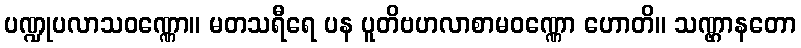
ပဏ္ဍုပလာသဝဏ္ဏော။ မတသရီရေ ပန ပူတိဗဟလာစာမဝဏ္ဏော ဟောတိ။ သဏ္ဌာနတော